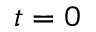
t = 0